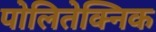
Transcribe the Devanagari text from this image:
पोलितेक्निक